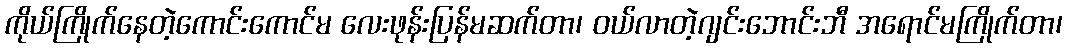
ကိုယ်ကြိုက်နေတဲ့ကောင်းကောင်မ လေးဖုန်းပြန်မဆက်တာ၊ ဝယ်လာတဲ့ဂျင်းဘောင်းဘီ အရောင်မကြိုက်တာ၊